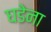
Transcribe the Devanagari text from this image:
घडेना